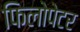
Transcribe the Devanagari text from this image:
फिलोपेटर